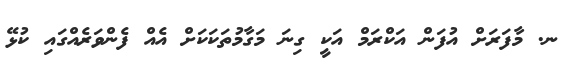
ނ. މާފަރަށް އުފަން އަކްރަމް އަކީ ގިނަ މަގާމުތަކަކަށް އެއް ފެންވަރެއްގައި ކުޅޭ